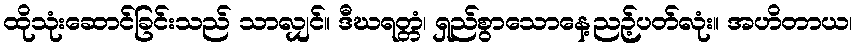
ထိုသုံးဆောင်ခြင်းသည် သာလျှင်။ ဒီဃရတ္တံ၊ ရှည်စွာသောနေ့ညဉ့်ပတ်လုံး။ အဟိတာယ၊